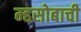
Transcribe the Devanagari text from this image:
म्हसोबाची